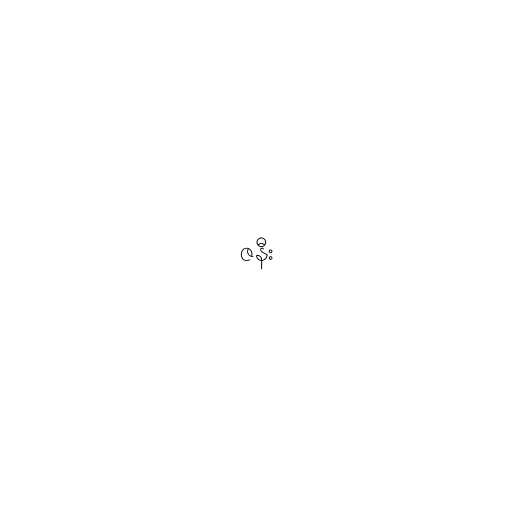
ဇနီး